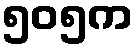
၅၀၅က